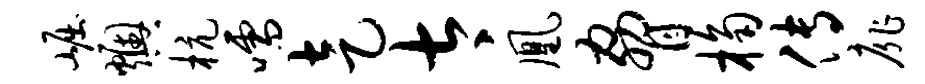
崛燠杭嚅走太凰胁桷传扉